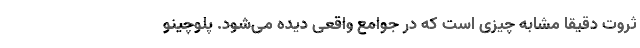
ثروت دقیقاً مشابه چیزی است که در جوامع واقعی دیده می‌شود. پلوچینو